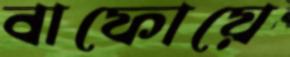
বাফোয়ে